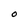
Character: O